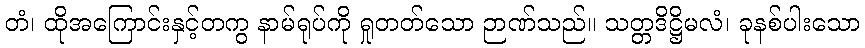
တံ၊ ထိုအကြောင်းနှင့်တကွ နာမ်ရုပ်ကို ရှုတတ်သော ဉာဏ်သည်။ သတ္တဒိဋ္ဌိမလံ၊ ခုနစ်ပါးသော